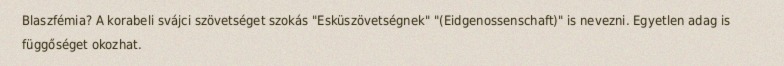
Blaszfémia? A korabeli svájci szövetséget szokás "Esküszövetségnek" "(Eidgenossenschaft)" is nevezni. Egyetlen adag is függőséget okozhat.